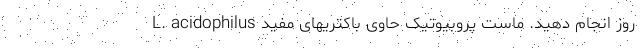
روز انجام دهید. ماست پروبیوتیک حاوی باکتریهای مفید L. acidophilus